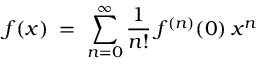
f ( x ) \; = \; \sum _ { n = 0 } ^ { \infty } \frac { 1 } { n ! } \: f ^ { ( n ) } ( 0 ) \: x ^ { n }